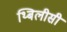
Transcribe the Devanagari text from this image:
थ्बिलीसी